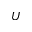
U